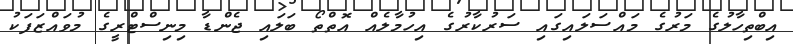
އިބްތިހާލުގެ މަރުގެ މައްސަލައިގައި ސަރުކާރުގެ އިހުމާލެއް އޮތްތޯ ބަލައި ޖެންޑާ މިނިސްޓްރީގެ މުވައްޒަފަކު